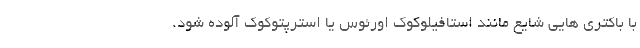
با باکتری هایی شایع مانند استافیلوکوک اورئوس یا استرپتوکوک آلوده شود.